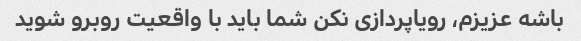
باشه عزیزم، رویاپردازی نکن شما باید با واقعیت روبرو شوید